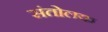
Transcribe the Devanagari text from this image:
संतोलक